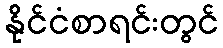
နိုင်ငံစာရင်းတွင်